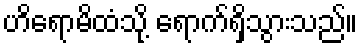
ဟိရောမိထံသို့ ရောက်ရှိသွားသည်။